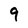
Character: 9